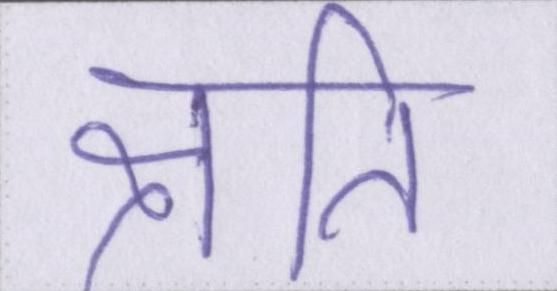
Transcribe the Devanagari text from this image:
क्षति